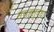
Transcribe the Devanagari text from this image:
संग्रहसुद्धा